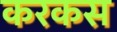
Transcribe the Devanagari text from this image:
करकस